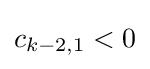
c_{k-2,1}<0